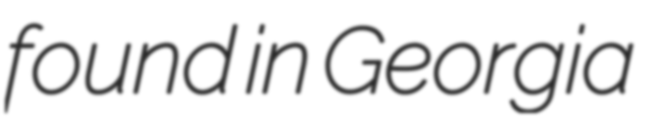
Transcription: found in Georgia